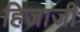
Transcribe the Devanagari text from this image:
हिजाजी